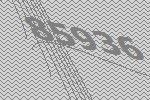
85936